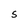
Character: S